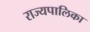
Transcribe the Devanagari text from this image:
राज्यपालिका